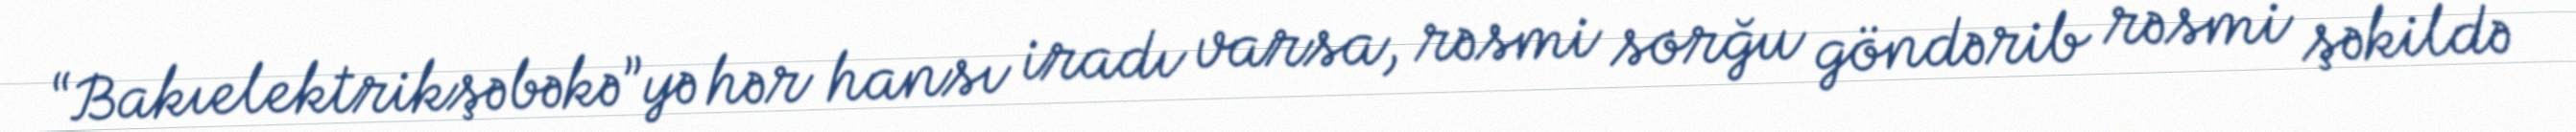
“Bakıelektrikşəbəkə”yə hər hansı iradı varsa, rəsmi sorğu göndərib rəsmi şəkildə